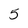
Character: 5